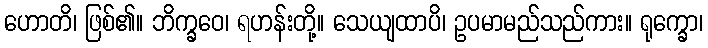
ဟောတိ၊ ဖြစ်၏။ ဘိက္ခဝေ၊ ရဟန်းတို့။ သေယျထာပိ၊ ဥပမာမည်သည်ကား။ ရုက္ခော၊